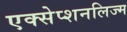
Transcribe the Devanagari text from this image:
एक्सेप्शनलिज्म